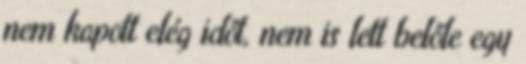
nem kapott elég időt, nem is lett belőle egy